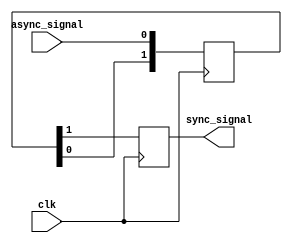
//`timescale 1ns / 1ps

module synchronizer(
    input wire clk,           // Clock input
    input wire async_signal,  // Asynchronous signal input
    output reg sync_signal    // Synchronized signal output
);

    reg [1:0] intermediate;

    always @(posedge clk) begin
        intermediate[0] <= async_signal;     // First stage of synchronization
        intermediate[1] <= intermediate[0];  // Second stage of synchronization
        sync_signal <= intermediate[1];      // Third stage of synchronization
    end

endmodule